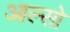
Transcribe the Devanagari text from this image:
आल्सो